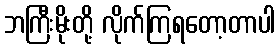
ဘကြီးမိုးတို့ လိုက်ကြရတော့တာပါ